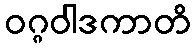
ဝဂ္ဂဝါဒကာတိ